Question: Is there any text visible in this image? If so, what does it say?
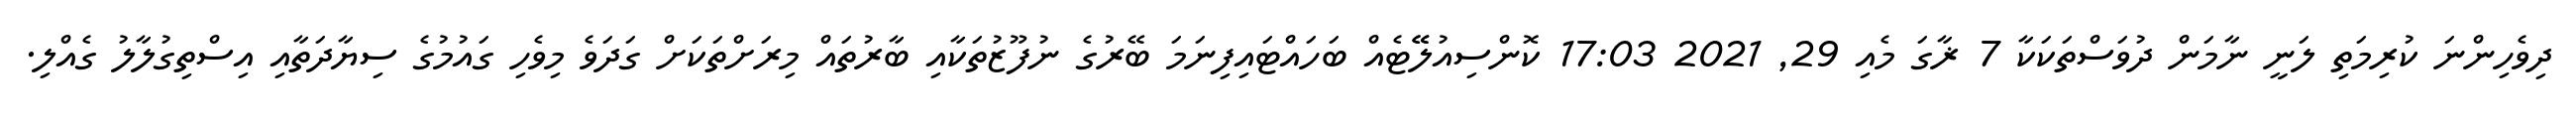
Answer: ދިވެހިންނަ ކުރިމަތި ލަނީ ނާމަން ދުވަސްތަކަކާ 7 ޜާގަ މެއި 29, 2021 17:03 ކޮންސިއުލޭޭޓެއް ބަހައްޓައިފިނަމަ ބޭރުގެ ނުފޫޒުތަކާއި ބާރުތައް މިރަށްތަކަށް ގަދަވެ މިވެހި ގައުމުގެ ސިޔާދަތާއި އިސްތިގުލާލު ގެއްލި.